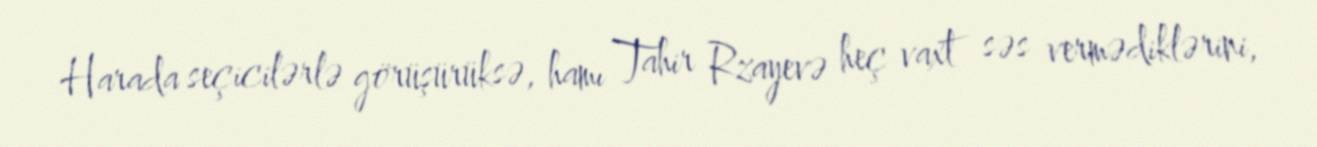
Harada seçicilərlə görüşürüksə, hamı Tahir Rzayevə heç vaxt səs vermədiklərini,